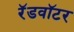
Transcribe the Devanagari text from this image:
रॅडवॉटर